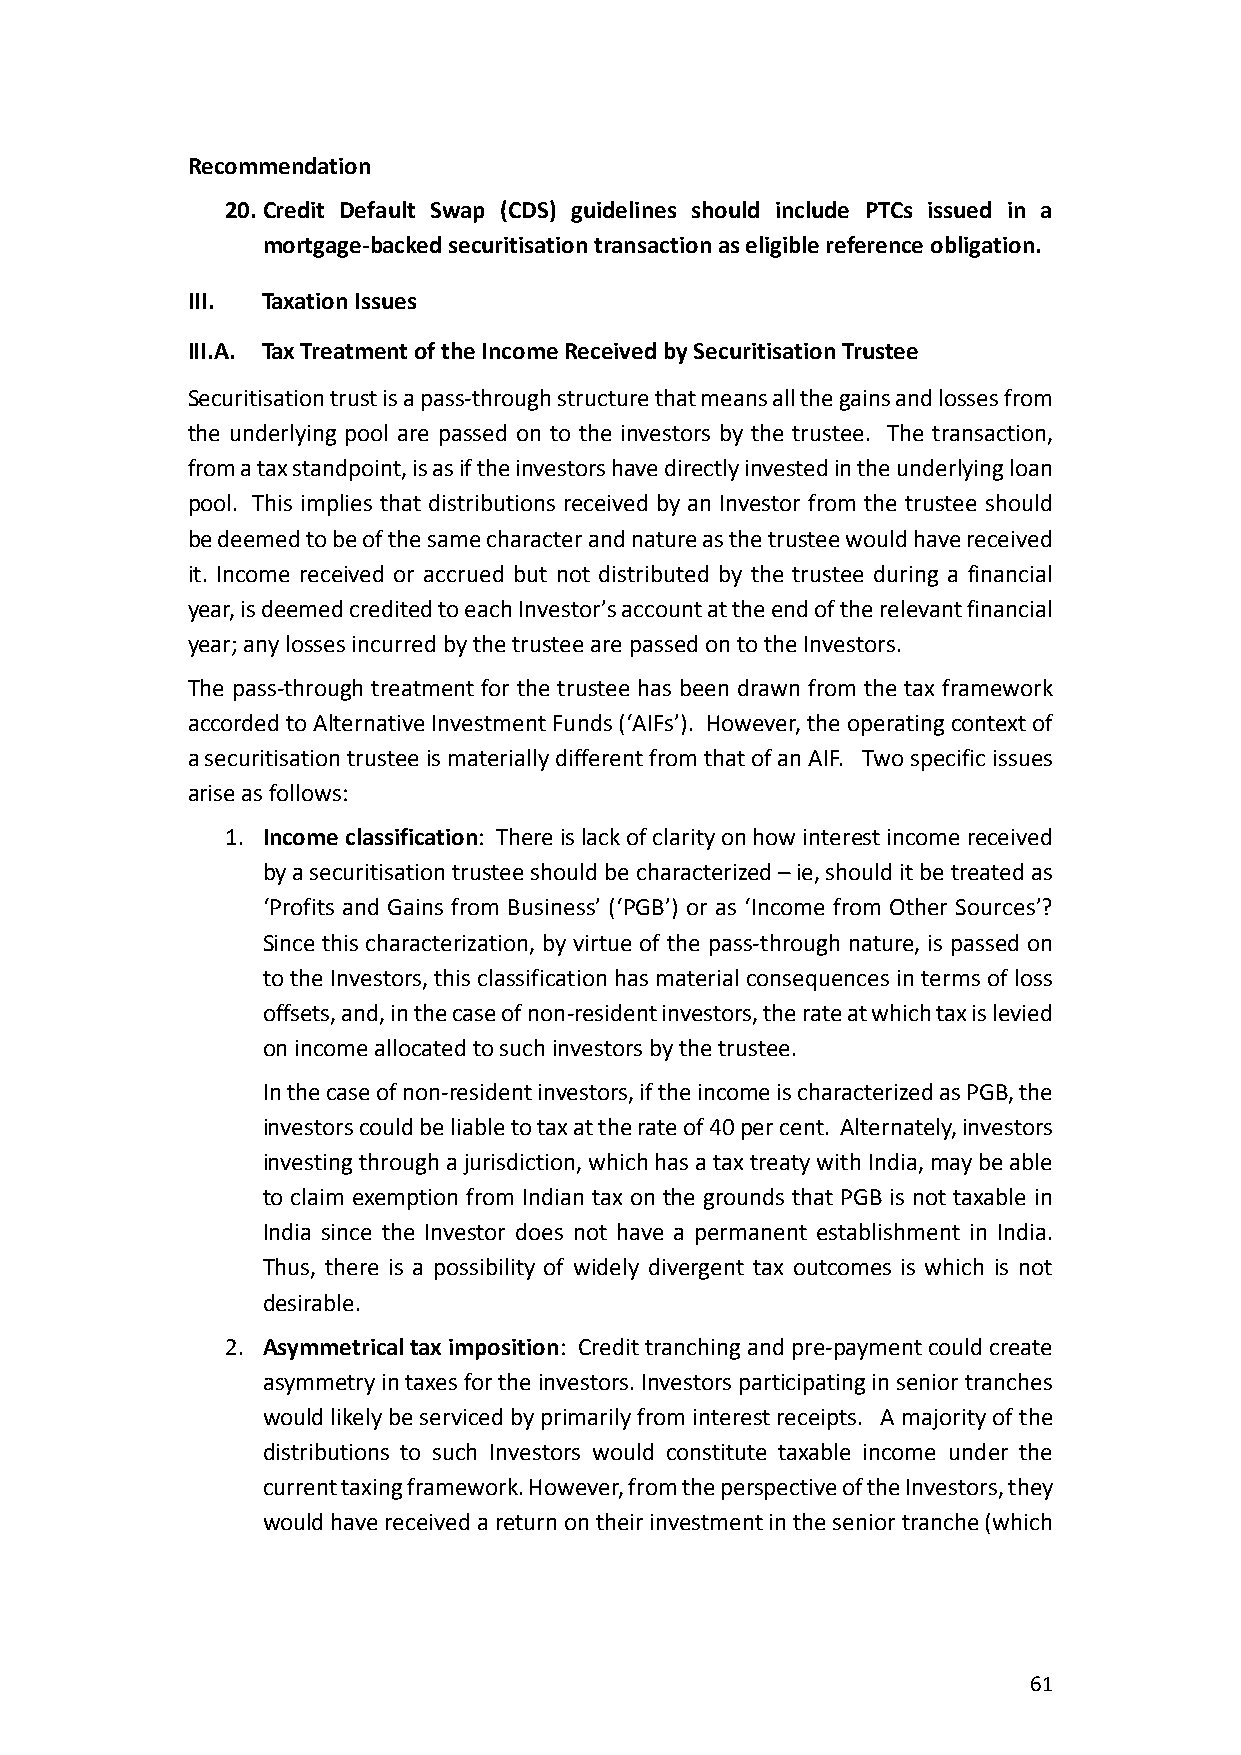
Recommendation
 20. Credit Default Swap (CDS) guidelines should include PTCs issued in a
 mortgage-backed securitisation transaction as eligible reference obligation.
 III. Taxation Issues
 III.A. Tax Treatment of the Income Received by Securitisation Trustee
 Securitisation trust is a pass-through structure that means all the gains and losses from
 the underlying pool are passed on to the investors by the trustee. The transaction,
 from a tax standpoint, is as if the investors have directly invested in the underlying loan
 pool. This implies that distributions received by an Investor from the trustee should
 be deemed to be of the same character and nature as the trustee would have received
 it. Income received or accrued but not distributed by the trustee during a financial
 year, is deemed credited to each Investor’s account at the end of the relevant financial
 year; any losses incurred by the trustee are passed on to the Investors.
 The pass-through treatment for the trustee has been drawn from the tax framework
 accorded to Alternative Investment Funds (‘AIFs’). However, the operating context of
 a securitisation trustee is materially different from that of an AIF. Two specific issues
 arise as follows:
 1. Income classification: There is lack of clarity on how interest income received
 by a securitisation trustee should be characterized – ie, should it be treated as
 ‘Profits and Gains from Business’ (‘PGB’) or as ‘Income from Other Sources’?
 Since this characterization, by virtue of the pass-through nature, is passed on
 to the Investors, this classification has material consequences in terms of loss
 offsets, and, in the case of non-resident investors, the rate at which tax is levied
 on income allocated to such investors by the trustee.
 In the case of non-resident investors, if the income is characterized as PGB, the
 investors could be liable to tax at the rate of 40 per cent. Alternately, investors
 investing through a jurisdiction, which has a tax treaty with India, may be able
 to claim exemption from Indian tax on the grounds that PGB is not taxable in
 India since the Investor does not have a permanent establishment in India.
 Thus, there is a possibility of widely divergent tax outcomes is which is not
 desirable.
 2. Asymmetrical tax imposition: Credit tranching and pre-payment could create
 asymmetry in taxes for the investors. Investors participating in senior tranches
 would likely be serviced by primarily from interest receipts. A majority of the
 distributions to such Investors would constitute taxable income under the
 current taxing framework. However, from the perspective of the Investors, they
 would have received a return on their investment in the senior tranche (which
 61